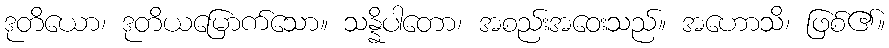
ဒုတိယော၊ ဒုတိယမြောက်သော။ သန္နိပါတော၊ အစည်းအဝေးသည်။ အဟောသိ၊ ဖြစ်၏။